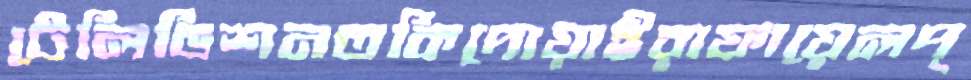
টেলিভিশনতকিদোয়াইরাফায়েলপ্